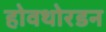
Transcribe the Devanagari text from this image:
होवथोरडन